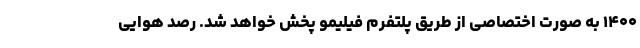
۱۴۰۰ به صورت اختصاصی از طریق پلتفرم فیلیمو پخش خواهد شد. رصد هوایی